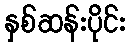
နှစ်ဆန်းပိုင်း